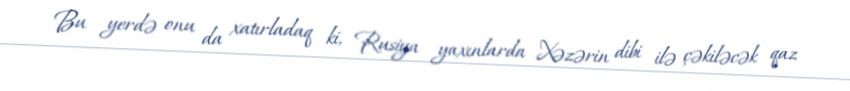
Bu yerdə onu da xatırladaq ki, Rusiya yaxınlarda Xəzərin dibi ilə çəkiləcək qaz